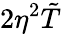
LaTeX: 2\eta^{2}\tilde{T}